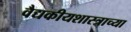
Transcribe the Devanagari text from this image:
वैद्यकीयशास्त्राच्या